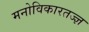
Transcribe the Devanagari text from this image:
मनोविकारतज्‍ज्ञ